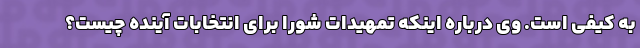
به کیفی است. وی درباره اینکه تمهیدات شورا برای انتخابات آینده چیست؟